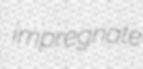
impregnate